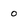
Character: o